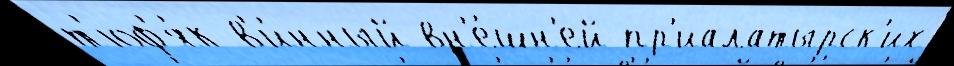
т'юф'я́к в'и́нный вн'е́шн'ей пр'иалатырск'их